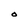
Character: O